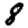
Digit: 8